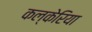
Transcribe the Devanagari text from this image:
कल्केरिया